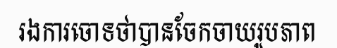
រងការចោទថាបានចែកចាយរូបភាព